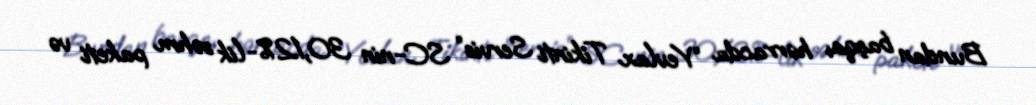
Bundan başqa, hərracda “Yevlax Tikinti Servis” SC-nin 30,12%-lik səhm paketi və